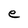
Character: e